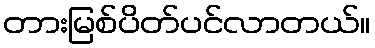
တားမြစ်ပိတ်ပင်လာတယ်။